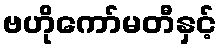
ဗဟိုကော်မတီနှင့်